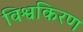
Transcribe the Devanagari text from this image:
विश्वकिरण